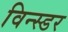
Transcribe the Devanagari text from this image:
विन्स्डर